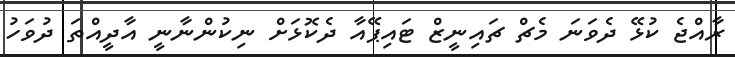
ރާއްޖެ ކުޅޭ ދެވަނަ މެޗް ޗައިނީޒް ޓައިޕޭއާ ދެކޮޅަށް ނިކުންނާނީ އާދީއްތަ ދުވަހު